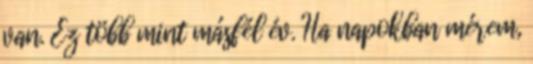
van. Ez több mint másfél év. Ha napokban mérem,